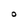
Character: O